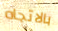
بالاتجاه